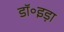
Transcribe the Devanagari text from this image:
डॉ॰इड़ा